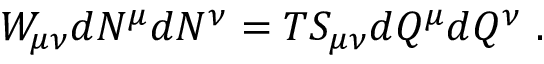
W _ { \mu \nu } d N ^ { \mu } d N ^ { \nu } = T S _ { \mu \nu } d Q ^ { \mu } d Q ^ { \nu } \ .